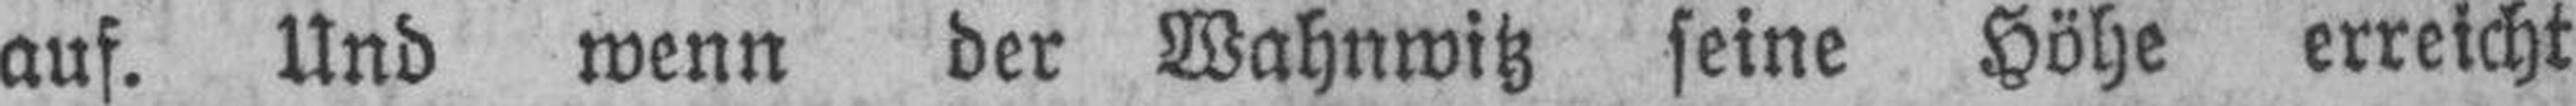
auf. Und wenn der Wahnwitz seine Höhe erreicht